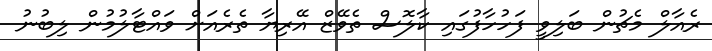
ރެއާލް މެޗުން ބަލިވީ ފަހުހާފުގައި ކާލޮސް ތެވޭޒް އޭރިޔާ ތެރެއަށް ވައްޓާލުމުން ލިބުނު